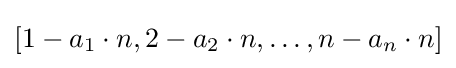
[1-a_{1}\cdot n,2-a_{2}\cdot n,\ldots ,n-a_{n}\cdot n]